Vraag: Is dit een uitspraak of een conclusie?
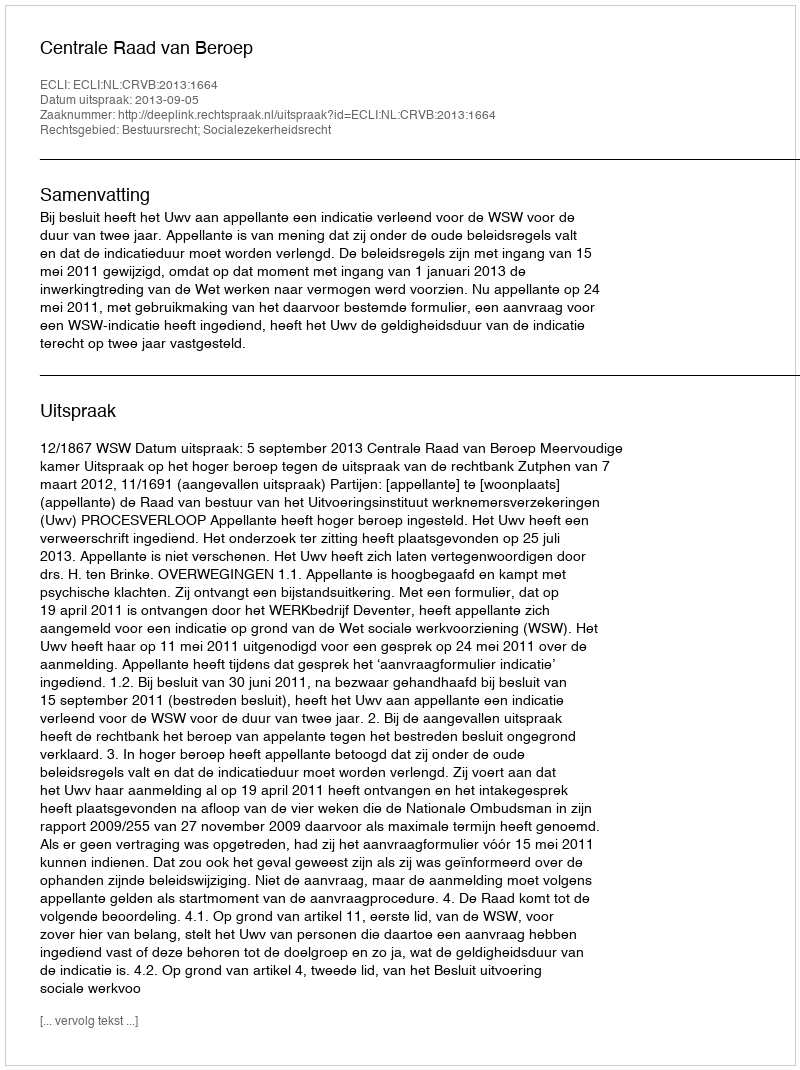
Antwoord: Uitspraak